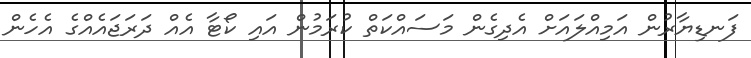
ފަނޑިޔާރުން އަމިއްލައަށް އެދިގެން މަސައްކަތް ކުރަމުން އައި ކޯޓާ އެއް ދަރަޖައެއްގެ އެހެން